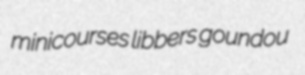
minicourses libbers goundou